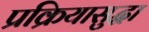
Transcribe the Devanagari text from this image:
प्रक्रियासुद्धा